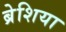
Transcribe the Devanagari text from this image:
ब्रेशिया